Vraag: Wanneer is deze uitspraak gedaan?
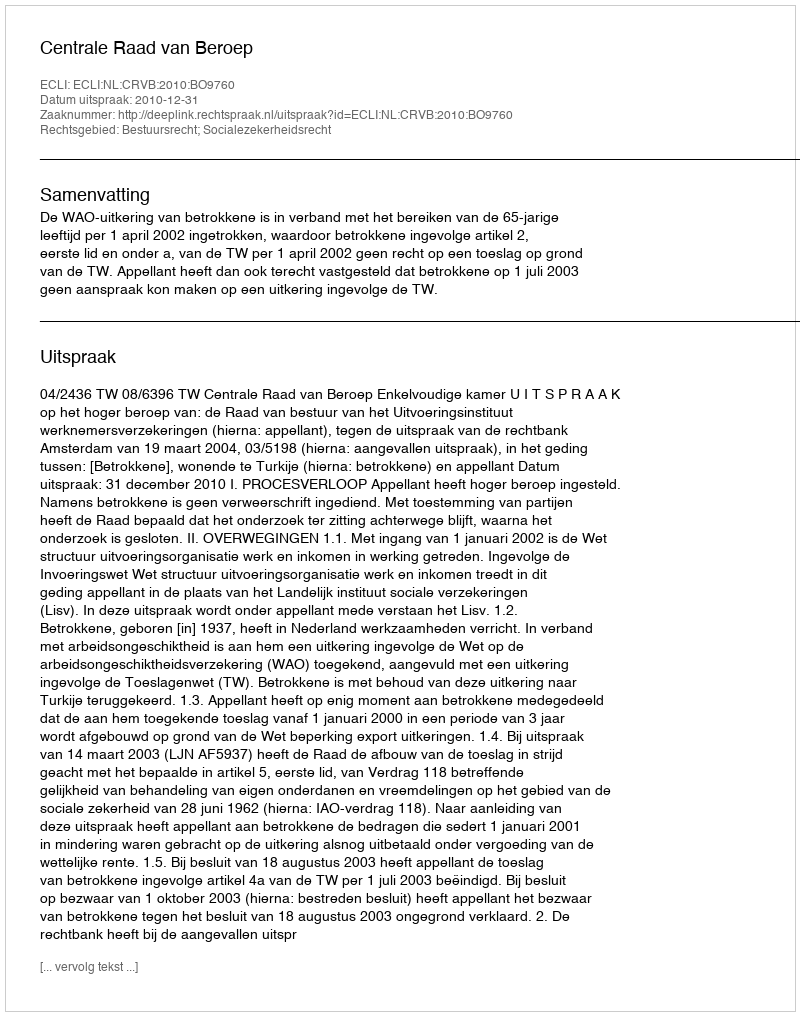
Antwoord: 2010-12-31